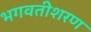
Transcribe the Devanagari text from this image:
भगवतीशरण